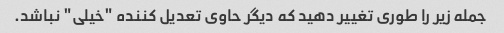
جمله زیر را طوری تغییر دهید که دیگر حاوی تعدیل کننده "خیلی" نباشد.